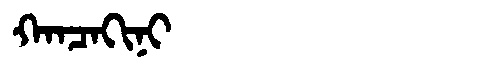
Manchu: ᡴᠠᠨᠴᠠᡴᡳᠨᡳ
Romanization: KANCAKINI